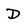
Character: D